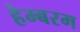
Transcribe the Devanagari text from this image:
हेम्बरम